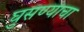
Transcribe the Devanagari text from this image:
घुसण्याचा